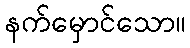
နက်မှောင်သော။